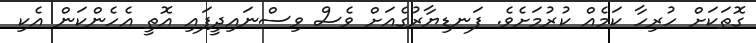
ގޮތަކަށް ހުރިހާ ކަމެއް ކުރުމަށެވެ. ފަނޑިޔާރުގެއަށް ވެސް ވިސްނައިދީފައި އޮތީ އެހެންކަން އެކި